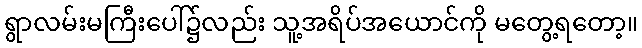
ရွာလမ်းမကြီးပေါ်၌လည်း သူ့အရိပ်အယောင်ကို မတွေ့ရတော့။